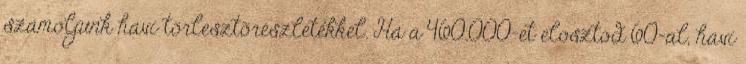
számoljunk havi törlesztõrészletekkel. Ha a 460.000-et elosztod 60-al, havi